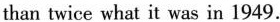
than twice what it was in 1949.